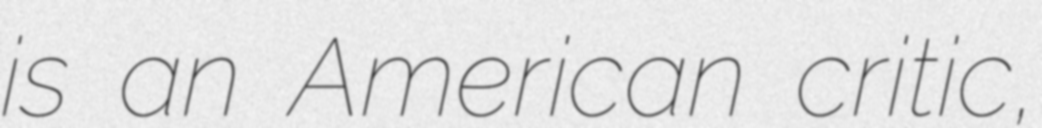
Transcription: is an American critic,